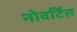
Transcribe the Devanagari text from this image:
नोवर्टिस